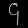
Digit: ၄